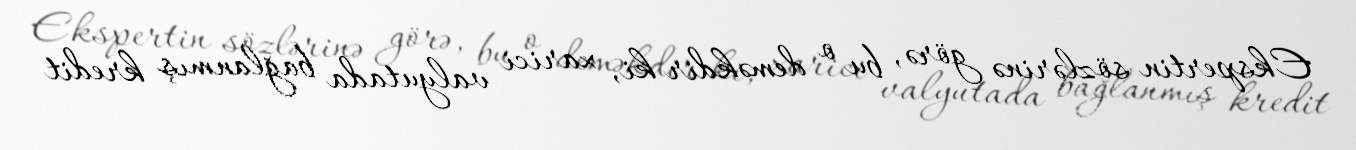
Ekspertin sözlərinə görə, bu o deməkdir ki, xarici valyutada bağlanmış kredit